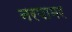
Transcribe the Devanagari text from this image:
नरपामर